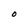
Character: O